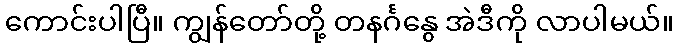
ကောင်းပါပြီ။ ကျွန်တော်တို့ တနင်္ဂနွေ အဲဒီကို လာပါမယ်။